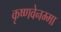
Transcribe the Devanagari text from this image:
कृष्णवेनम्मा